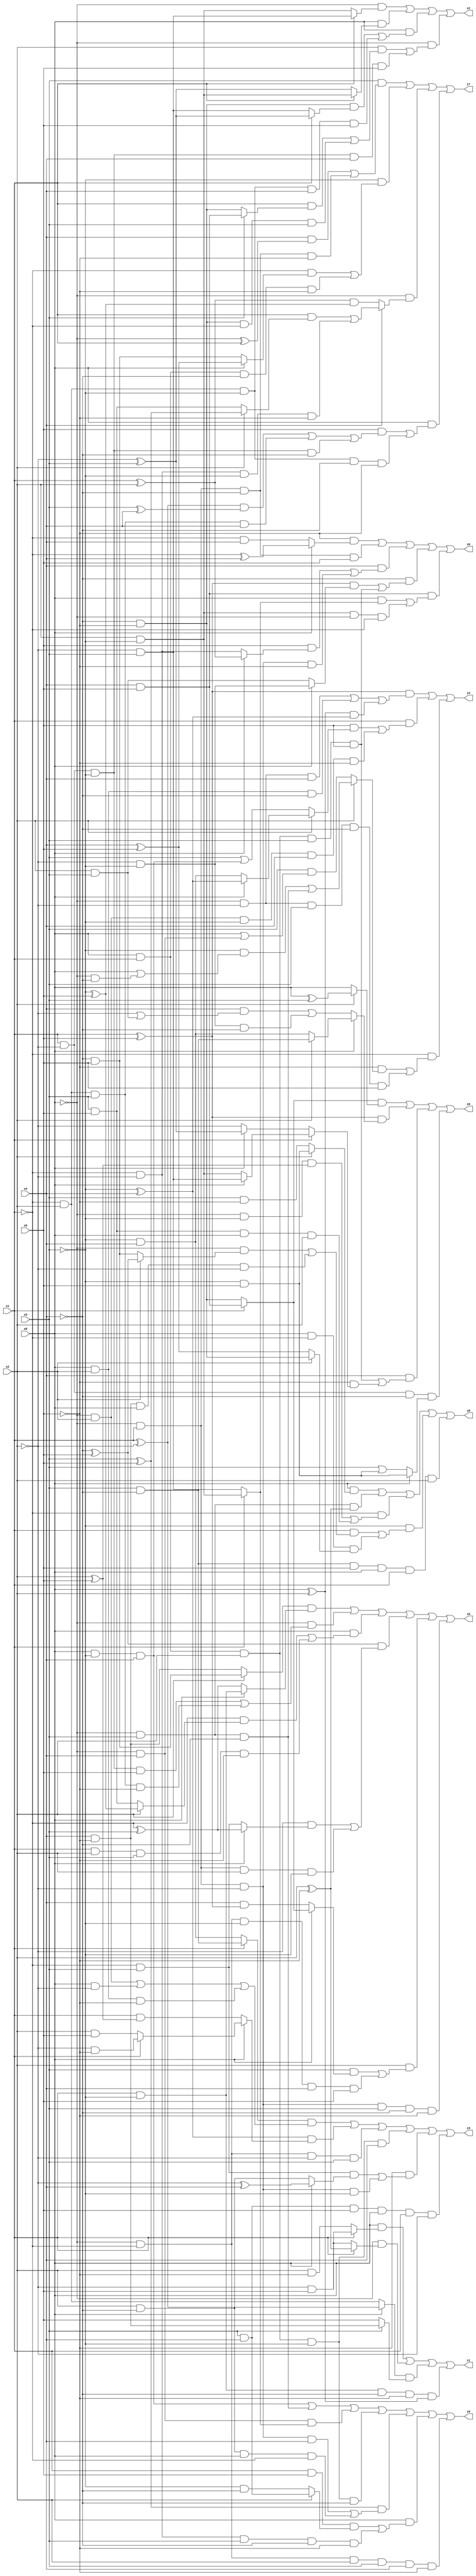
// Benchmark "X_9" written by ABC on Mon Jun 05 16:39:06 2023

module X_9 ( 
    x0, x1, x2, x3, x4, x5,
    z0, z1, z2, z3, z4, z5, z6, z7, z8, z9  );
  input  x0, x1, x2, x3, x4, x5;
  output z0, z1, z2, z3, z4, z5, z6, z7, z8, z9;
  assign z0 = (~x5 & (x0 ? (~x1 ^ x4) : (~x1 & x4))) | (~x0 & x1 & ~x4 & x5) | (x4 & ((x5 & (x0 ? (x1 ^ x2) : (~x1 & ~x2))) | (~x0 & x1 & ~x2 & ~x5))) | (~x4 & (((x1 ^ x5) & (x0 ? (~x2 & ~x3) : (x2 & x3))) | (x0 & x1 & x2 & x3 & x5))) | (x4 & x5 & ((x0 & (x1 ? (x2 & ~x3) : (~x2 & x3))) | (x2 & ~x3 & ~x0 & ~x1)));
  assign z1 = (x0 & (x1 ? (~x2 & x5) : (x2 & ~x5))) | (~x0 & (x1 ? (x2 ^ ~x5) : (~x2 & x5))) | ((x0 ? (x1 ^ ~x2) : (~x1 & x2)) & (x3 ? (x4 & ~x5) : x5)) | (x1 & ~x3 & ~x4 & ~x5 & (x0 ^ x2));
  assign z2 = (~x0 & (x1 ? (~x2 & x3) : (x2 & ~x3))) | (x0 & (x1 ? (x2 & ~x3) : (~x2 ^ x3))) | (x0 & ((~x4 & ~x5 & (x1 ? (~x2 ^ x3) : (~x2 & x3))) | (~x1 & x2 & ~x3 & x4 & x5))) | (~x0 & ((x2 & ((x1 & (x3 ? (x4 & x5) : (~x4 & ~x5))) | (~x4 & ~x5 & ~x1 & x3))) | (x1 & ~x2 & ~x3 & x4 & x5)));
  assign z3 = ((x1 ? (x3 & ~x4) : (~x3 & x4)) & ((~x0 & x2) | (x0 & ~x2) | (x0 & x2 & ~x5))) | ((~x3 ^ x4) & (x0 ? (x1 ? (~x2 & ~x5) : (x2 & x5)) : (x1 & (x2 ^ x5)))) | (~x0 & ~x1 & ~x2 & x3) | (x0 & x1 & x2 & ~x3 & x4) | (~x5 & ((~x1 & x3 & (x0 ? (~x2 ^ x4) : (x2 & ~x4))) | (~x0 & x1 & ~x2 & ~x3))) | (x3 & x4 & x5 & x0 & x1 & ~x2);
  assign z4 = ((x1 ^ x5) & ((~x0 & ~x2 & x4) | (x0 & x2 & ~x4) | ((x0 ^ x2) & (~x3 ^ x4)))) | (x1 & ((x5 & (x2 ? (x0 ? (~x3 ^ x4) : (~x3 & x4)) : (x3 | (x0 & ~x3 & x4)))) | (~x0 & x2 & ~x3 & x4 & ~x5))) | (~x1 & ((~x5 & (x2 ? ((~x3 & (x0 | (~x0 & ~x4))) | (~x0 & x3 & ~x4)) : (x3 & (x0 | (~x0 & x4))))) | (~x0 & ~x2 & x3 & ~x4 & x5)));
  assign z5 = ((x2 ? (~x4 & x5) : (x4 & ~x5)) & (x0 ? (x1 & ~x3) : (~x1 ^ x3))) | (~x0 & ((x1 & ~x2 & ~x3 & x5) | (~x1 & x2 & x3 & ~x5))) | (x0 & ((~x1 & (x2 ? (~x3 ^ x5) : (x3 & x5))) | (x1 & x2 & x3 & ~x5))) | ((~x4 ^ x5) & ((~x2 & (x0 ? (~x1 ^ x3) : (~x1 & x3))) | (~x0 & x1 & x2 & ~x3))) | (x2 & ((x3 & (x0 ? (x1 ? (x4 & x5) : (~x4 & ~x5)) : (x4 & (x1 ^ x5)))) | (~x0 & ~x1 & ~x3 & x4 & x5))) | (~x0 & x1 & ~x2 & x3 & ~x4 & ~x5);
  assign z6 = ((x1 ? (x4 & x5) : (~x4 & ~x5)) & (x2 ? (x0 ^ x3) : x0)) | ((x1 ^ x5) & (x0 ? (x2 ? (x3 & ~x4) : (~x3 & x4)) : ((x4 & (~x2 | (x2 & x3))) | (~x2 & ~x3 & ~x4)))) | (x4 & ((x0 & x1 & x2 & x3 & x5) | (~x5 & (x1 ? (x0 ? (~x2 & x3) : (x2 & ~x3)) : (x0 ? (~x2 ^ x3) : ~x2))))) | (x1 & ~x2 & ~x4 & (x0 ? (~x3 & x5) : (x3 | (~x3 & x5))));
  assign z7 = (x3 & ((x4 & (~x0 ^ x1)) | (~x0 & x1 & ~x4 & ~x5))) | (~x3 & ((~x1 & (x0 ? (x4 ^ x5) : (~x4 & x5))) | (x0 & x1 & ~x4 & ~x5))) | (~x0 & (x4 ? ((x1 & (x2 ? (x3 ^ x5) : (x3 & x5))) | (~x1 & ~x2 & ~x3 & ~x5)) : ((x1 ^ x2) & (~x3 ^ x5)))) | (x0 & ((x5 & (((x1 ^ ~x2) & (x3 ^ x4)) | (~x1 & x2 & x3 & x4) | (x1 & ~x2 & ~x3 & ~x4))) | (~x1 & x2 & ~x3 & ~x4 & ~x5)));
  assign z8 = (x0 & (x2 ? (~x3 & x5) : (x3 & ~x5))) | (~x0 & x3 & (x2 ^ ~x5)) | (~x1 & ((~x0 & ~x3 & (x2 ^ x5)) | (x3 & x5 & x0 & x2))) | (~x3 & ((x1 & ((~x0 & (x2 ? (~x4 ^ x5) : (~x4 & x5))) | (x4 & ~x5 & x0 & ~x2))) | (x0 & ~x1 & (x2 ? (~x4 & ~x5) : (x4 ^ x5))))) | (x3 & ~x4 & x5 & x0 & x1 & x2);
  assign z9 = (x0 & ~x3 & x4) | (~x0 & x3 & ~x4) | (~x0 & x4 & (x1 ? (x2 & ~x3) : (~x2 & x3))) | (x0 & x1 & x2 & ~x3 & ~x4) | ((x3 ^ x5) & ((~x0 & x1 & ~x2 & x4) | (x2 & ~x4 & x0 & ~x1))) | (x0 & ((x1 & x5 & (x2 ? (x3 & x4) : (~x3 & ~x4))) | (~x1 & ~x2 & x3 & ~x4 & ~x5))) | (~x0 & ~x1 & x2 & x3 & x4 & ~x5);
endmodule